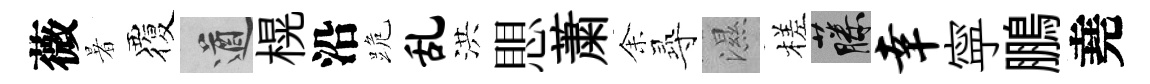
薇暑覆遒榥沿跪乱洪愳䔥𪜬𡬶濕槎藤幸寜鵬堯